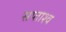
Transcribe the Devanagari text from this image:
सप्ताश्व